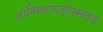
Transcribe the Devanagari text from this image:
ऑक्सिहायड्रॉक्साइड